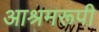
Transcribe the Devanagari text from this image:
आश्रमरूपी